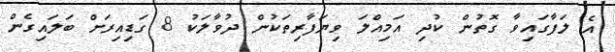
އެ ލަފާގައިވާ ގޮތުން ކުދި އަމިއްލަ ވިޔަފާރިތަކުން ދުވާލަކު 8 ގަޑިއިރަށް ބަލައިގެން